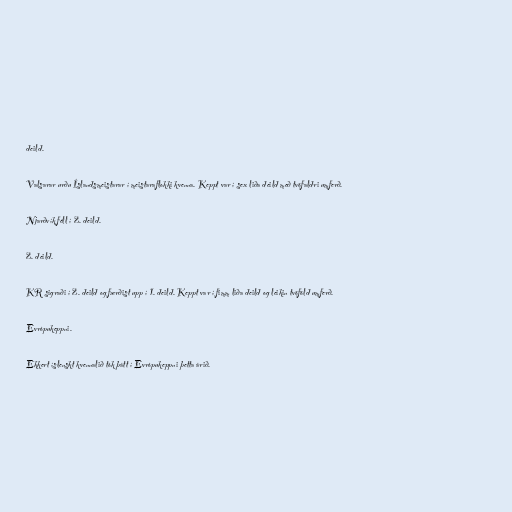
deild.

Valsarar urðu Íslandsmeistarar í meistaraflokki kvenna. Keppt var í sex liða deild með tvöfaldri umferð.

Njarðvík féll í 2. deild.

2. deild.

KR sigraði í 2. deild og færðist upp í 1. deild. Keppt var í fimm liða deild og leikin tvöföld umferð.

Evrópukeppni.

Ekkert íslenskt kvennalið tók þátt í Evrópukeppni þetta árið.